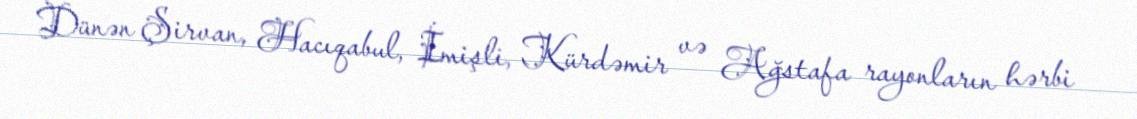
Dünən Şirvan, Hacıqabul, İmişli, Kürdəmir və Ağstafa rayonların hərbi